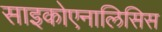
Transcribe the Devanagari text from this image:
साइकोएनालिसिस